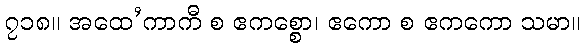
၇၁၈။ အထေ’ကာကီ စ ဧကစ္စော၊ ဧကော စ ဧကကော သမာ။